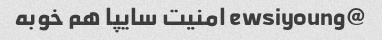
@ewsiyoung امنیت سایپا هم خوبه